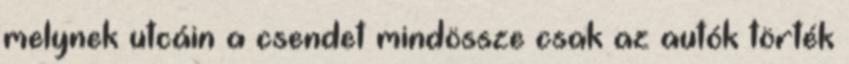
melynek utcáin a csendet mindössze csak az autók törték